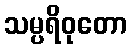
သမ္ပရိဝုတော